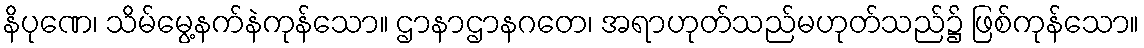
နိပုဏေ၊ သိမ်မွေ့နက်နဲကုန်သော။ ဌာနာဌာနဂတေ၊ အရာဟုတ်သည်မဟုတ်သည်၌ ဖြစ်ကုန်သော။